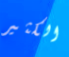
الكثير